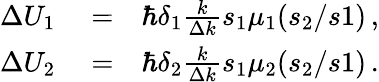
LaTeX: \begin{array}{rlr}{\Delta U_{1}}&{{}=}&{\hbar\delta_{1}\frac{k}{\Delta k}s_{1}\mu_{1}(s_{2}/s1)\, ,}\\ {\Delta U_{2}}&{{}=}&{\hbar\delta_{2}\frac{k}{\Delta k}s_{1}\mu_{2}(s_{2}/s1)\, .}\end{array}